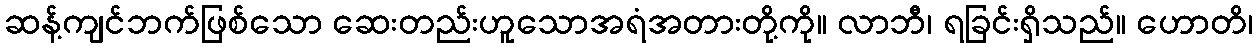
ဆန့်ကျင်ဘက်ဖြစ်သော ဆေးတည်းဟူသောအရံအတားတို့ကို။ လာဘီ၊ ရခြင်းရှိသည်။ ဟောတိ၊